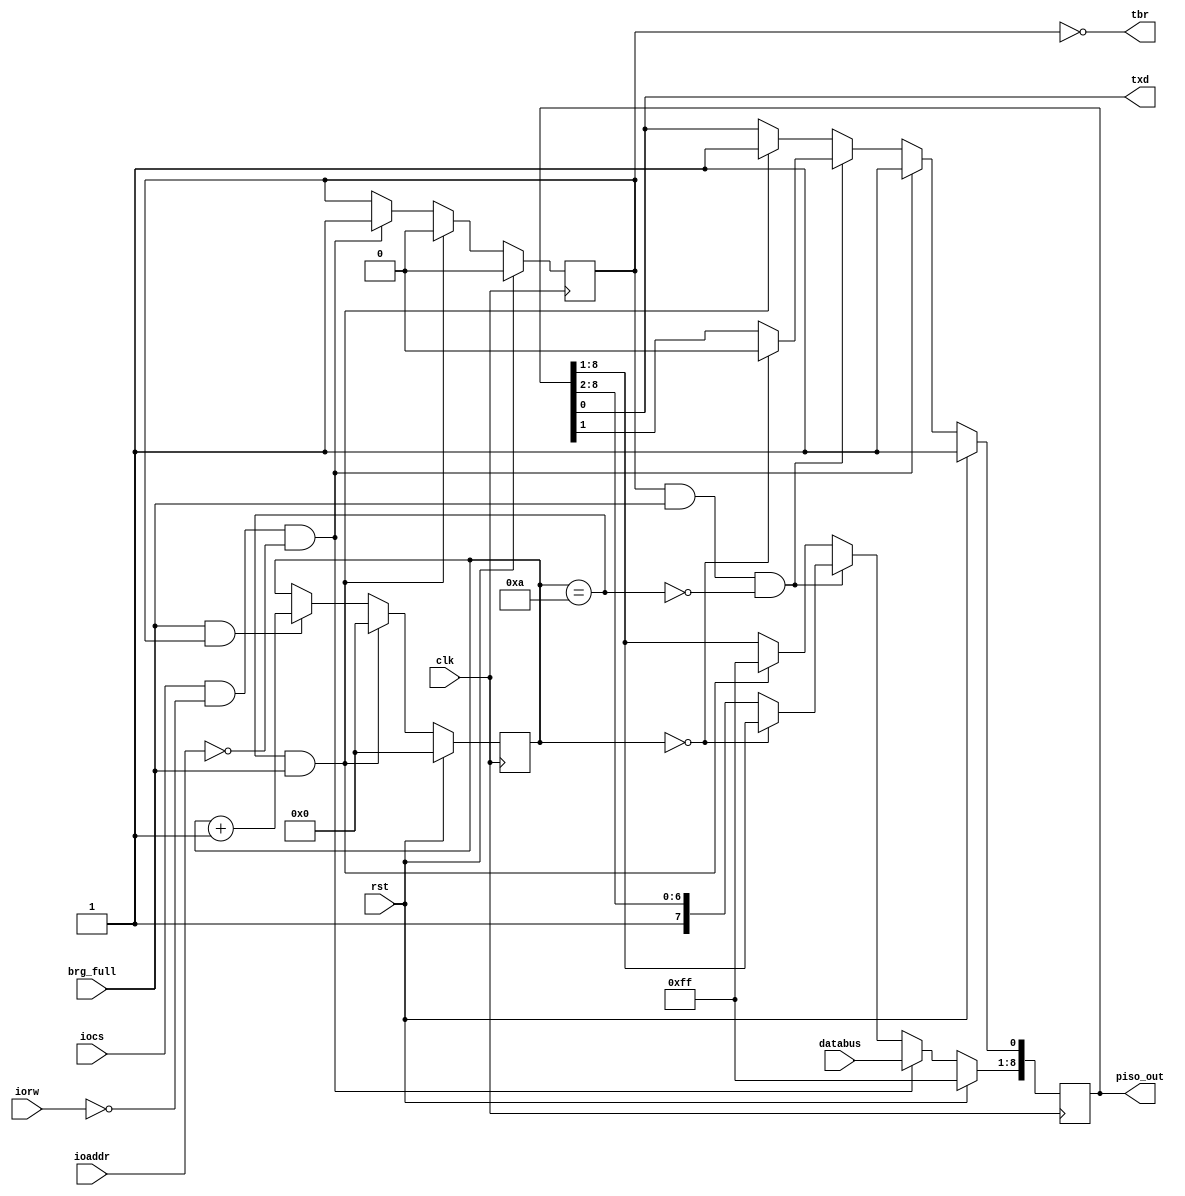
module transmit( 
clk,
rst,
brg_full,
//wr_en,
iorw, //constitutes wr_en
iocs, //constitutes wr_en
databus,
ioaddr,
tbr,
txd,
piso_out
);

//Input ports
input clk;
input rst;
input brg_full; 
input iorw;
input iocs;
input [1:0] ioaddr;
//input wr_en;  // Active high
input [7:0] databus;
output [8:0] piso_out;

// Output ports
output tbr;
output txd;

reg [8:0] piso; // parallel in serial out shifter
reg [3:0] count;
reg buffer_full;

assign tbr = ~buffer_full;
assign txd = piso[0];
assign cnt_flag = (count == 10);
assign piso_out = piso;
always @ (posedge clk)
begin
     if(rst) begin
	//	 count <= 0;
		 piso <= 9'h1FF;  // Should send out STOP bit
	//	 buffer_full <= 0;
     end

	// ioaddr wasn't even considered previously
	 else if (iocs & ~iorw & (ioaddr == 2'd0)) begin
		 piso <= {databus[7:0],1'b1};
	// buffer_full <= 1;
	 end

	
	//~rst removed. Redundant. If rst=1, it's taken care in the first block itself.
/*	if(count == 0 && buffer_full && brg_full) begin
		piso[0] <= 1'b0; // Start bit		
		count <= count + 1;		
	end 
*/
	else if (buffer_full && brg_full && ~cnt_flag ) begin
	if (count == 0)
		piso[0] <= 1'b0; // Start bit
	//	count <= count + 1; 
	else
		piso <= {1'b1, piso[8:1]}; // Shift
	end

	else if (cnt_flag & brg_full)  begin
	//	count <= 0;
		piso <= 9'h1FF;
	//	buffer_full <= 0;
	end
end

//Different block for buffer_full
always @ (posedge clk)
begin
if (rst)
	buffer_full <= 1'b0;
else if (cnt_flag & brg_full)
	buffer_full <= 1'b0;
else if (iocs & ~iorw & (ioaddr == 2'b0))
	buffer_full <= 1'b1;
end


// Different block for count
always @ (posedge clk)
begin
if (rst)
	count <= 0;
else if (cnt_flag & brg_full)
	count <= 0;
// else if (iocs & ~iorw & (count!=9))
else if (brg_full & buffer_full)
	count <= count + 1;
end
	
endmodule